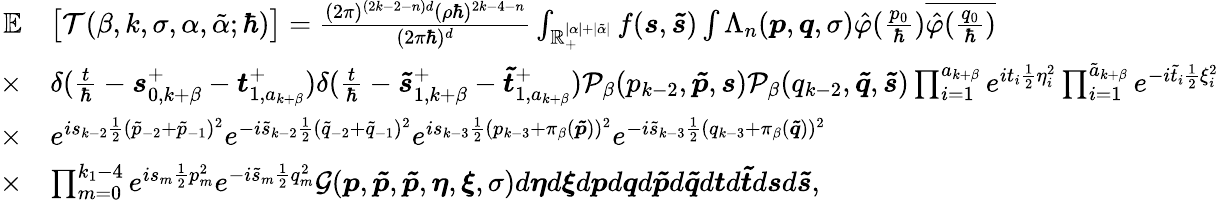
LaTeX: \begin{array}{rl}{\mathbb{E}}&{\big[\mathcal{T}(\beta,k,\sigma,\alpha,\tilde{\alpha};\hbar)\big]=\frac{(2\pi)^{(2k-2-n)d}(\rho\hbar)^{2k-4-n}}{(2\pi\hbar)^{d}}\int_{\mathbb{R}_{+}^{|\alpha|+|\tilde{\alpha}|}}f(\boldsymbol{s},\boldsymbol{\tilde{s}})\int\Lambda_{n}(\boldsymbol{p},\boldsymbol{q},\sigma)\hat{\varphi}(\frac{p_{0}}{\hbar})\overline{{\hat{\varphi}(\frac{q_{0}}{\hbar})}}}\\ {\times}&{\delta(\frac{t}{\hbar}-\boldsymbol{s}_{0,k+\beta}^{+}-\boldsymbol{t}_{1,a_{k+\beta}}^{+})\delta(\frac{t}{\hbar}-\boldsymbol{\tilde{s}}_{1,k+\beta}^{+}-\boldsymbol{\tilde{t}}_{1,a_{k+\beta}}^{+})\mathcal{P}_{\beta}(p_{k-2},\boldsymbol{\tilde{p}},\boldsymbol{s})\mathcal{P}_{\beta}(q_{k-2},\boldsymbol{\tilde{q}},\boldsymbol{\tilde{s}})\prod_{i=1}^{a_{k+\beta}}e^{it_{i}\frac{1}{2}\eta_{i}^{2}}\prod_{i=1}^{\tilde{a}_{k+\beta}}e^{-i\tilde{t}_{i}\frac{1}{2}\xi_{i}^{2}}}\\ {\times}&{e^{is_{k-2}\frac{1}{2}(\tilde{p}_{-2}+\tilde{p}_{-1})^{2}}e^{-i\tilde{s}_{k-2}\frac{1}{2}(\tilde{q}_{-2}+\tilde{q}_{-1})^{2}}e^{is_{k-3}\frac{1}{2}(p_{k-3}+\pi_{\beta}(\boldsymbol{\tilde{p}}))^{2}}e^{-i\tilde{s}_{k-3}\frac{1}{2}(q_{k-3}+\pi_{\beta}(\boldsymbol{\tilde{q}}))^{2}}}\\ {\times}&{\prod_{m=0}^{k_{1}-4}e^{is_{m}\frac{1}{2}p_{m}^{2}}e^{-i\tilde{s}_{m}\frac{1}{2}q_{m}^{2}}\mathcal{G}(\boldsymbol{p},\boldsymbol{\tilde{p}},\boldsymbol{\tilde{p}},\boldsymbol{\eta},\boldsymbol{\xi},\sigma)d\boldsymbol{\eta}d\boldsymbol{\xi}d\boldsymbol{p}d\boldsymbol{q}d\boldsymbol{\tilde{p}}d\boldsymbol{\tilde{q}}d\boldsymbol{t}d\boldsymbol{\tilde{t}}d\boldsymbol{s}d\boldsymbol{\tilde{s}},}\end{array}